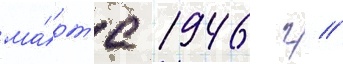
ма́рт'е 1946 г //